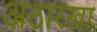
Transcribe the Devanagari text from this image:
अठारखा